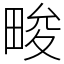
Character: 畯